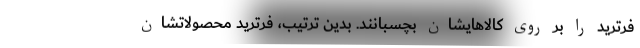
فرترید را بر روی کالاهایشان بچسبانند. بدین ترتیب، فرترید محصولاتشان